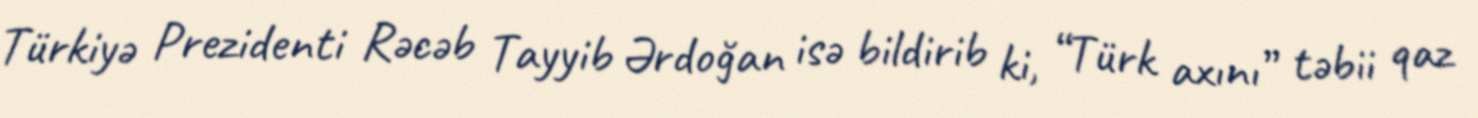
Türkiyə Prezidenti Rəcəb Tayyib Ərdoğan isə bildirib ki, “Türk axını” təbii qaz